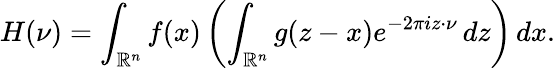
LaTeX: H(\nu)=\int_{\mathbb{R}^{n}}f(x)\left(\int_{\mathbb{R}^{n}}g(z-x)e^{-2\pi iz\cdot\nu}\, dz\right)\, dx.